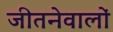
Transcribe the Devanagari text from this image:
जीतनेवालों